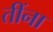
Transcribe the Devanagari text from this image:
तींना